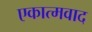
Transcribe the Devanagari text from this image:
एकात्मवाद